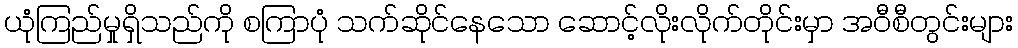
ယုံကြည်မှုရှိသည်ကို စကြာပုံ သက်ဆိုင်နေသော ဆောင့်လိုးလိုက်တိုင်းမှာ အဝီစီတွင်းများ